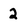
Character: 2